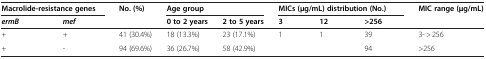
| <COLSPAN=2> Macrolide-resistance genes | <ROWSPAN=2> No. (%) | <COLSPAN=2> Age group | <COLSPAN=3> MICs (μg/mL) distribution (No.) | <ROWSPAN=2> MIC range (μg/mL) |
 | ermB | mef | 0 to 2 years | 2 to 5 years | 3 | 12 | >256 |
 | --- | --- | --- | --- | --- | --- | --- | --- | --- |
 | + | + | 41 (30.4%) | 18 (13.3%) | 23 (17.1%) | 1 | 1 | 39 | 3- > 256 |
 | + | - | 94 (69.6%) | 36 (26.7%) | 58 (42.9%) |  |  | 94 | >256 |